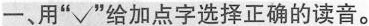
一、用”√”给加点字选择正确的读音。